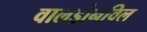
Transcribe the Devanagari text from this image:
वालड्रोनविल